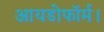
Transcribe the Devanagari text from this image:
आयडोफॉर्म।